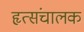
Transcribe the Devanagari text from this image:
हृत्संचालक